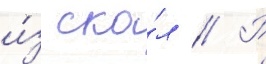
и́з ска́л // Р